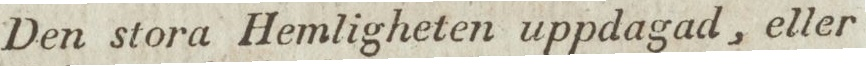
Den stora Hemligheten uppdagad, eller